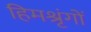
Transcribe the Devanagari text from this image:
हिमश्रृंगों